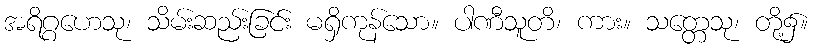
အရိဂ္ဂဟေသု၊ သိမ်းဆည်းခြင်း မရှိကုန်သော။ ပါဏီသူတိ၊ ကား။ သတ္တေသု၊ တို့၌။